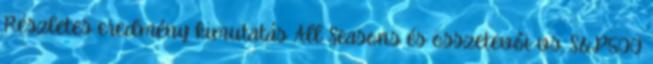
Részletes eredmény kimutatás All Seasons és összetevői vs. S&P500